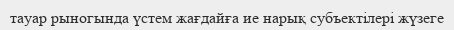
тауар рыногында үстем жағдайға ие нарық субъектілері жүзеге